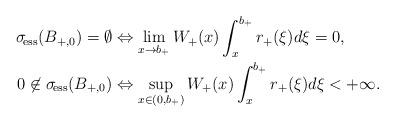
LaTeX: \begin{align*} \sigma_{\!\operatorname{ess}}(B_{+,0}) = \emptyset & \Leftrightarrow \lim_{x\to b_+} W_+(x) \int_{x}^{b_+} r_+(\xi) d\xi = 0, \\ 0\not\in\sigma_{\!\operatorname{ess}}(B_{+,0})& \Leftrightarrow \sup_{x\in(0,b_+)} W_+(x) \int_{x}^{b_+} r_+(\xi) d\xi < +\infty.\end{align*}